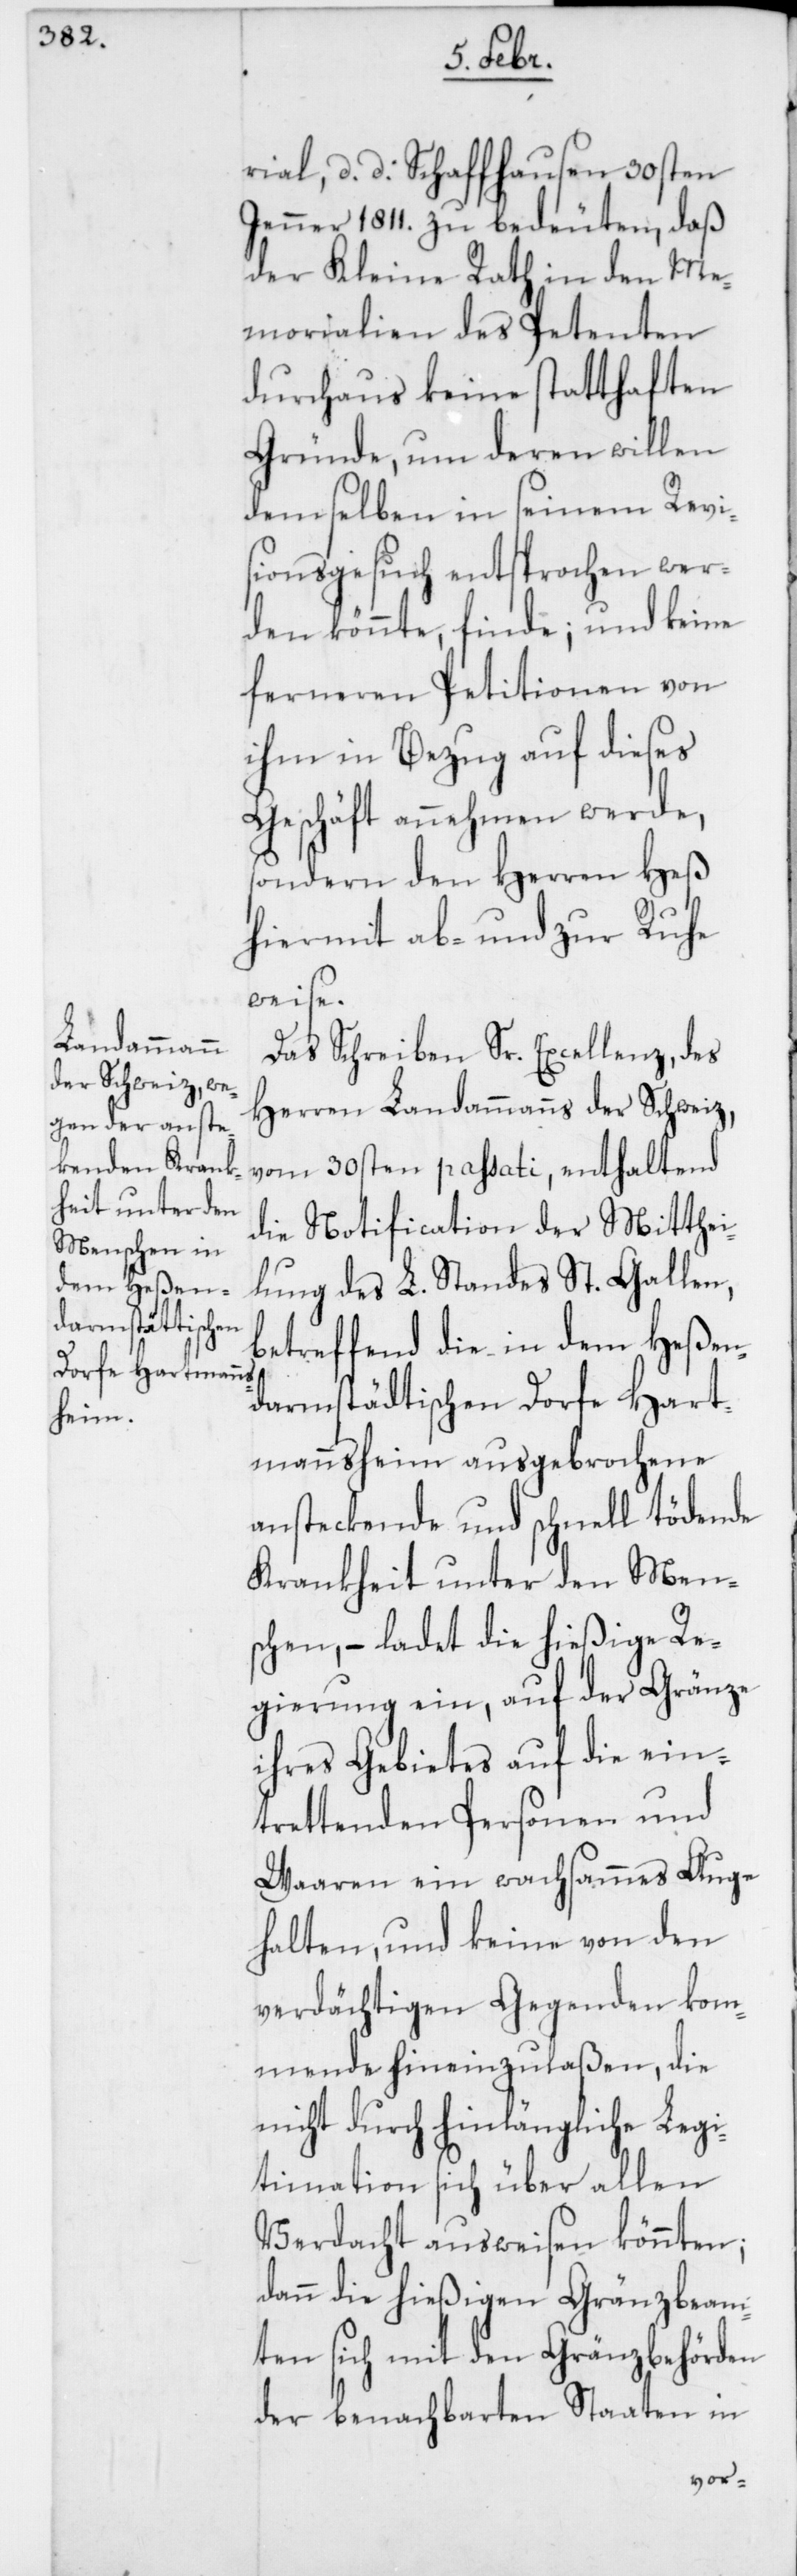
rial, d. d. Schaffhausen 30sten
Jenner 1811. zu bedeuten, daß
der Kleine Rath in den Me¬
morialien des Petenten
durchaus keine statthaften
Gründe, um deren willen
demselben in seinem Revi¬
sionsgesuch entsprochen wer¬
den könnte, finde; und keine
ferneren Petitionen von
ihm in Bezug auf dieses
Geschäft annehmen werde,
sondern den Herren Heß
hiermit ab- und zur Ruhe
weise.
Das Schreiben Sr. Excellenz, des
Herren Landammanns der Schweiz,
vom 30sten passati, enthaltend
die Notification der Mitthei¬
lung des L. Standes St. Gallen,
betreffend die in dem Heßen¬
darmstädtischen Dorfe Hart¬
mannsheim ausgebrochene
ansteckende und schnell tödende
Krankheit unter den Men¬
schen, – ladet die hießige Re¬
gierung ein, auf der Gränze
ihres Gebietes auf die ein¬
trettenden Personen und
Waaren ein wachsammes Auge
halten, und keine von den
verdächtigen Gegenden kom¬
mende hineinzulaßen, die
nicht durch hinlängliche Legi¬
timation sich über allen
Verdacht ausweisen könnten;
dann die hießigen Gränzbeam¬
ten sich mit den Gränzbehörden
der benachbarten Staaten in